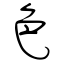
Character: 色